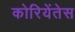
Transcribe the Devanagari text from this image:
कोरियेंतेस